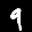
Label: 9